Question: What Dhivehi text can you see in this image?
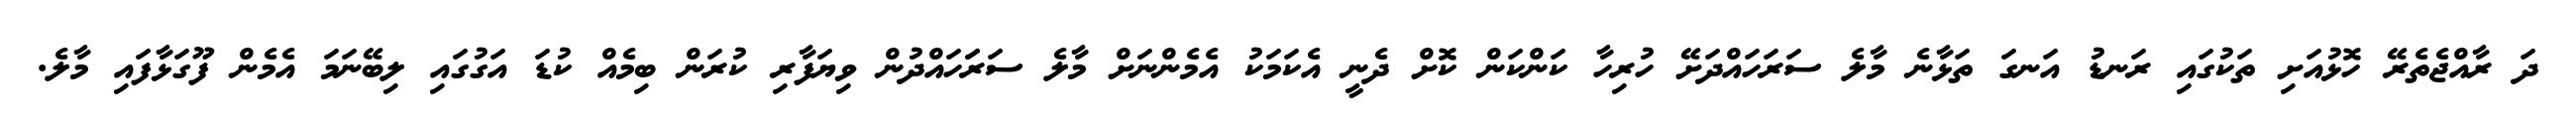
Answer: ދަ ރާއްޖެތެރޭ ހޮޅުއަށި ތަކުގައި ރަނޑު އަނގަ ތަޅާނެ މާލެ ސަރަހައްދަށޭ ހުރިހާ ކަންކަން ކޮށް ދެނީ އެކަމަކު އެމެންނަށް މާލެ ސަރަަހައްދުން ވިޔަފާރި ކުރަން ބިމެއް ކުޑަ އަގުގައި ލިބޭނަމަ އެމެން ފޫގަޅާފައި މާލެ.